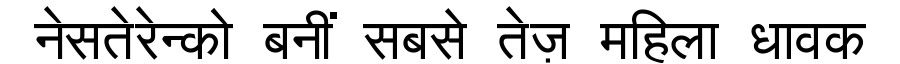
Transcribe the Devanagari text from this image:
नेसतेरेन्को बनीं सबसे तेज़ महिला धावक